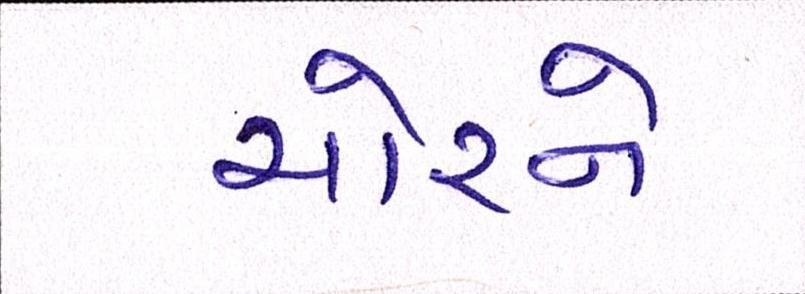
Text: ચોરને